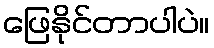
ဖြေနိုင်တာပါပဲ။